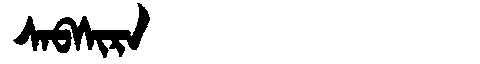
Manchu: ᠰᠠᠪᠰᡳᡵᠠ
Romanization: SABSIRA